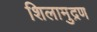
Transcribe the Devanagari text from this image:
शिलामुद्रण